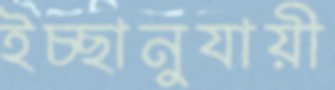
ইচ্ছানুযায়ী